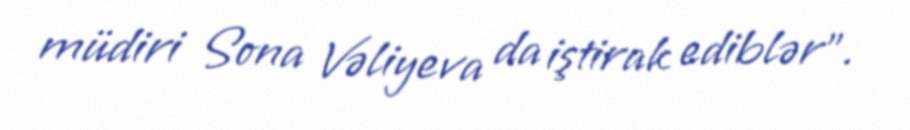
müdiri Sona Vəliyeva da iştirak ediblər”.